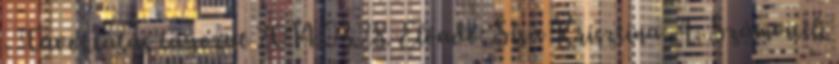
- Távoktatás tagozat 2014.03.28. Előadó: Sisa Krisztina A. Számviteli